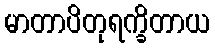
မာတာပိတုရက္ခိတာယ